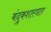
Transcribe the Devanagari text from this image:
बंदुकशास्त्रात